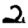
Digit: 2